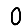
Digit: 0